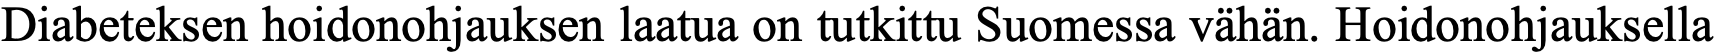
Diabeteksen hoidonohjauksen laatua on tutkittu Suomessa vähän. Hoidonohjauksella